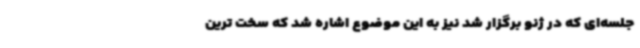
جلسه‌ای که در ژنو برگزار شد نیز به این موضوع اشاره شد که سخت ترین